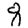
Digit: 8